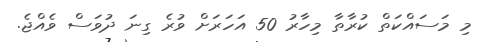
މި މަސައްކަތް ކުރާތާ މިހާރު 50 އަހަރަށް ވުރެ ގިނަ ދުވަސް ވެއްޖެ.